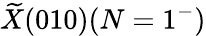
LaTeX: \widetilde{X}(010)(N=1^{-})